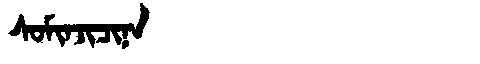
Manchu: ᠰᠣᠮᡳᠨᠵᡳᠴᡳᠨᠠ
Romanization: SOMINJICINA